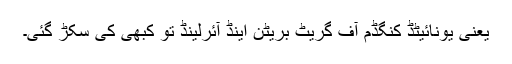
یعنی یونائیٹڈ کنگڈم آف گریٹ بریٹن اینڈ آئرلینڈ تو کبھی کی سکڑ گئی۔